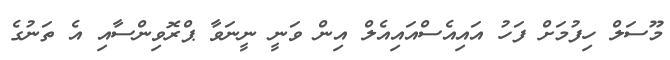
މޫސަލް ހިފުމަށް ފަހު އައިއެސްއައިއެލް އިން ވަނީ ނީނަވާ ޕްރޮވިންސާއި އެ ތަނުގެ